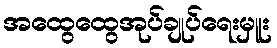
အထွေထွေအုပ်ချုပ်ရေးမှူး